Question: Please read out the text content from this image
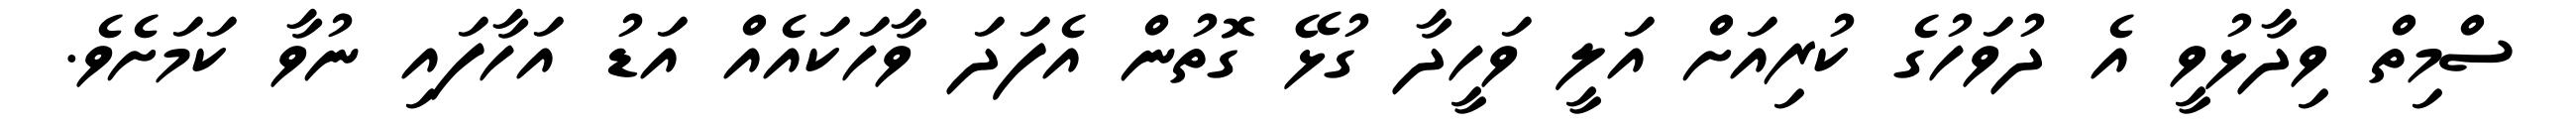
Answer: ސްމިތް ވިދާޅުވީ އެ ދުވަހުގެ ކުރިއަށް އަލީ ވަހީދާ ގުޅޭ ގޮތުން އެފަދަ ވާހަކައެއް އަޑު އަހާފައި ނުވާ ކަމަށެވެ.